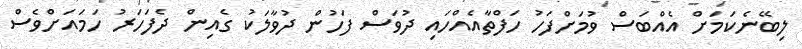
ލިބޭނެކަމަށް އެއްބަސް ވުމަށްފަހު ހަފްތާއެއްހައި ދުވަސް ފަހުން ދުވާލަކު ގެއިން ދެފަހަރު ހަމައަށްވެސް